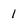
Character: 1